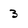
Character: 3